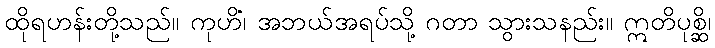
ထိုရဟန်းတို့သည်။ ကုဟိံ၊ အဘယ်အရပ်သို့ ဂတာ သွားသနည်း။ ဣတိပုစ္ဆိ၊